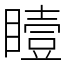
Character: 𪾼